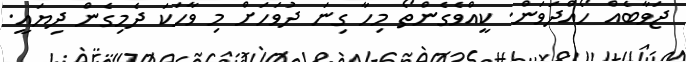
ޖަވާބެއް ހޯއްދަވަން. ކީއްވެގެންތޯ މިހާ ގިނަ ދުވަހަށް މި ވާހަކަ ދެމިގެން ދިޔައީ.